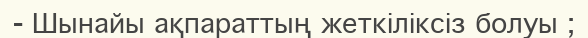
- Шынайы ақпараттың жеткіліксіз болуы ;